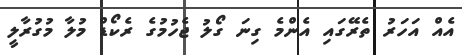
އެއް އަހަރު ތެރޭގައި އެންމެ ގިނަ ގޯލު ޖެހުމުގެ ރެކޯޑް މުލާ މުގުރާލީ